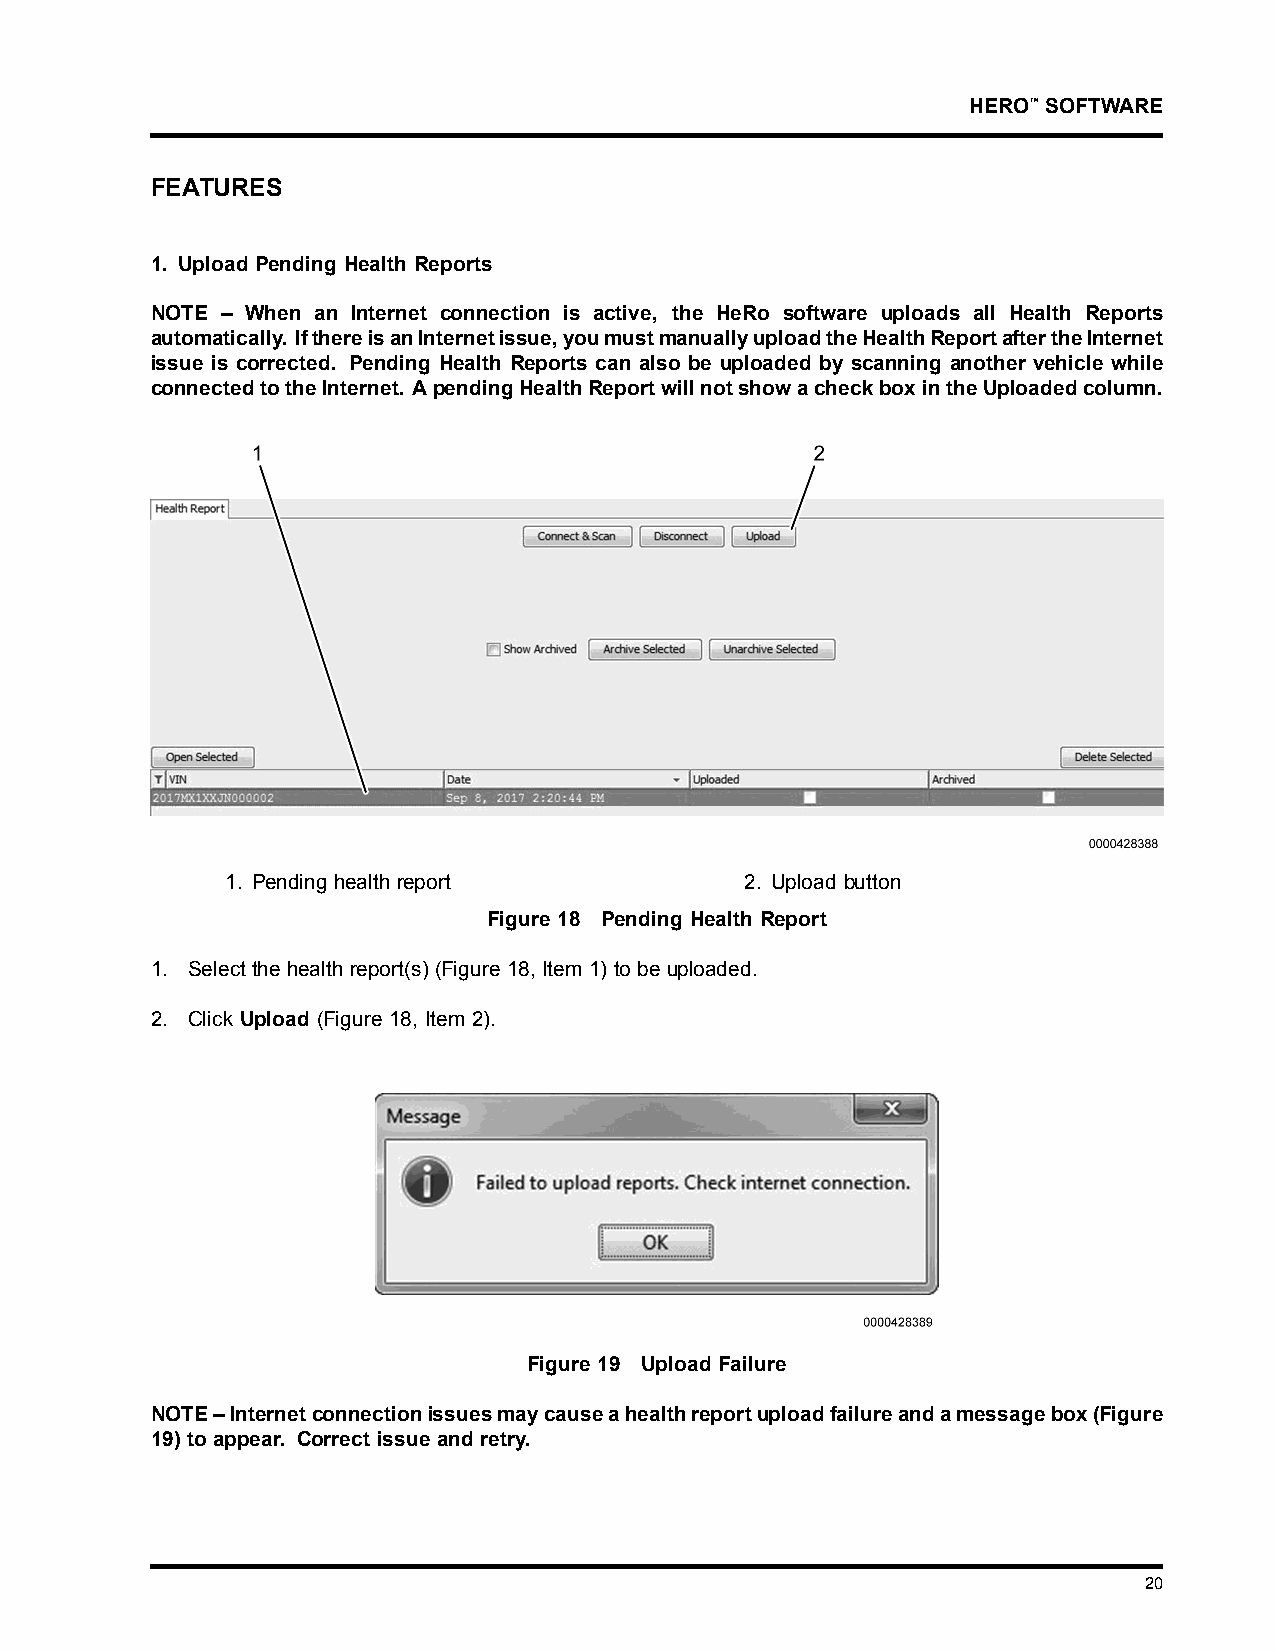
HERO™SOFTWARE
 FEATURES
 1. Upload Pending Health Reports
 NOTE – When an Internet connection is active, the HeRo software uploads all Health Reports
 automatically. IfthereisanInternetissue,youmustmanuallyuploadtheHealthReportaftertheInternet
 issue is corrected. Pending Health Reports can also be uploaded by scanning another vehicle while
 connectedtotheInternet. ApendingHealthReportwillnotshowacheckboxintheUploadedcolumn.
 1. Pendinghealthreport            2. Upload button
 Figure 18 Pending Health Report
 1. Select the health report(s) (Figure 18, Item 1) to be uploaded.
 2. Click Upload (Figure 18, Item 2).
 Figure 19 Upload Failure
 NOTE–Internetconnectionissuesmaycauseahealthreportuploadfailureandamessagebox(Figure
 19) to appear. Correct issue and retry.
 20